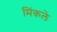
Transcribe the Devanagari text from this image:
मिंकले